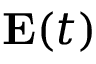
\mathbf { E } ( t )